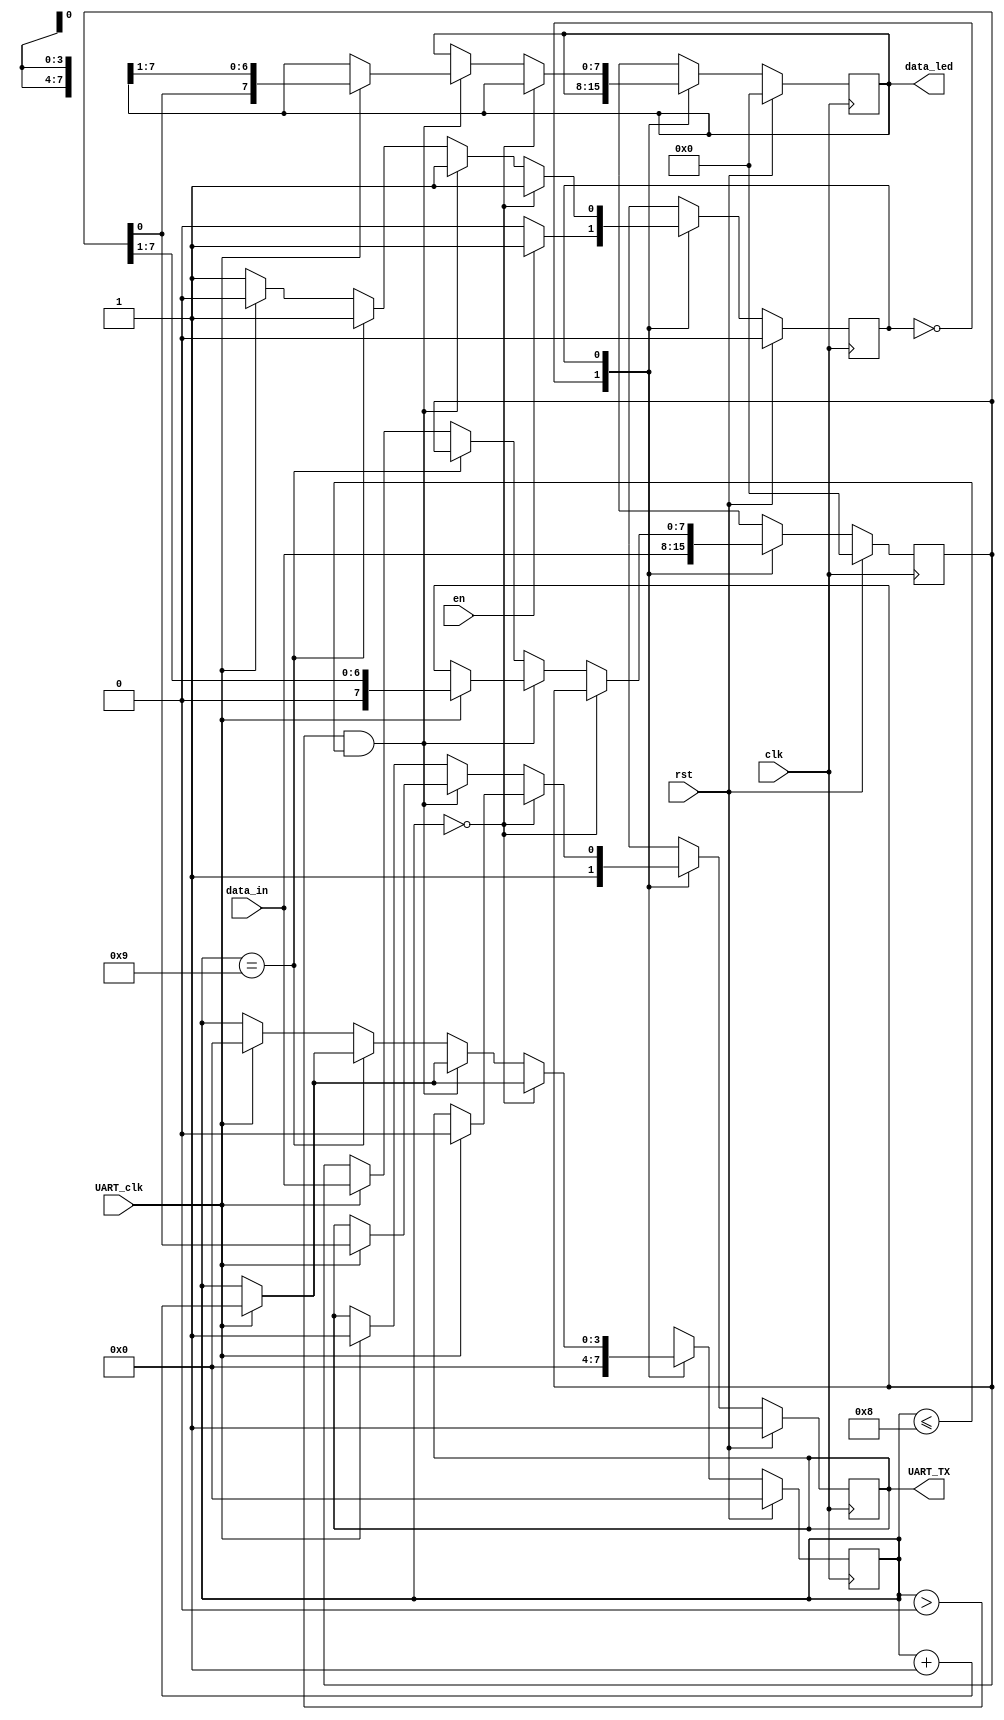
module UART_TXD(
    input clk,
    input UART_clk,
    input rst,
    input [7:0] data_in,
    input en,
    output reg [7:0] data_led,
    output reg UART_TX
);

// parameters
parameter WAIT = 1'b0;
parameter SEND = 1'b1; 
parameter MAX_SND_SIZE = 4'b1000;
// variables
reg next_UART_TX;
reg [7:0] SND_DATA, next_SND_DATA, next_data_led;
reg state, next_state;
reg [3:0] count_bit, next_count_bit;

always@(posedge clk) begin
    if(rst) begin
        state <= WAIT;
        SND_DATA <= 8'd0;
        count_bit <= 4'd0;
        UART_TX <= 1'b1;
        data_led <= 8'b0;
    end else begin
        state <= next_state;
        SND_DATA <= next_SND_DATA;
        count_bit <= next_count_bit;
        UART_TX <= next_UART_TX;
        data_led <= next_data_led;
    end
end

always@(*) begin
    case(state) 
        WAIT: begin
            if(en) begin
                next_state = SEND;
                next_UART_TX = 1'b1;
                next_SND_DATA = data_in;
                next_count_bit = 4'd0;
                next_data_led = data_led;
            end else begin
                next_state = WAIT;
                next_UART_TX = 1'b1;
                next_SND_DATA = data_in;
                next_count_bit = 4'd0;
                next_data_led = data_led;
            end
        end
        SEND: begin
            if(count_bit == 4'd0) begin
                next_state = SEND;
                if(UART_clk==1'b1) begin
                    next_UART_TX = 1'b0; // start bit
                    next_count_bit = count_bit + 4'd1;
                end else begin
                    next_UART_TX = UART_TX;
                    next_count_bit = count_bit;
                end
                next_SND_DATA = SND_DATA;
                next_data_led = data_led;
            end else if((count_bit > 4'd0) && (count_bit <= MAX_SND_SIZE)) begin
                next_state = SEND;
                if(UART_clk==1'b1) begin
                    next_UART_TX = SND_DATA[0];
                    next_count_bit = count_bit + 4'd1;
                    next_SND_DATA = SND_DATA >> 1;
                    next_data_led = {SND_DATA[0], data_led[7:1]};
                end else begin
                    next_UART_TX = UART_TX;
                    next_count_bit = count_bit;
                    next_SND_DATA = SND_DATA;
                    next_data_led = data_led;
                end
            end else if(count_bit == MAX_SND_SIZE + 4'd1) begin
                next_state = SEND;
                if(UART_clk==1'b1) begin
                    next_UART_TX = 1'b1; // end bit
                    next_count_bit = count_bit + 4'd1;
                end else begin
                    next_UART_TX = UART_TX;
                    next_count_bit = count_bit;
                end
                next_SND_DATA = SND_DATA;
                next_data_led = data_led;
            end else begin
                if(UART_clk == 1'b1)begin
                    next_state = WAIT;
                    next_UART_TX = 1'b1;
                    next_SND_DATA = data_in;
                    next_count_bit = 4'd0;
                    next_data_led = data_led;
                end else begin
                    next_state = SEND;
                    next_UART_TX = UART_TX;
                    next_SND_DATA = SND_DATA;
                    next_count_bit = count_bit;
                    next_data_led = data_led;
                end
            end
        end
    endcase
end

endmodule